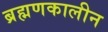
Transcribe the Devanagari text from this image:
ब्रह्मणकालीन